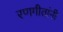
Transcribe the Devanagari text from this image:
रणगीतांनी